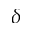
\delta